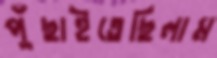
পুঁছাইতেছিলাম